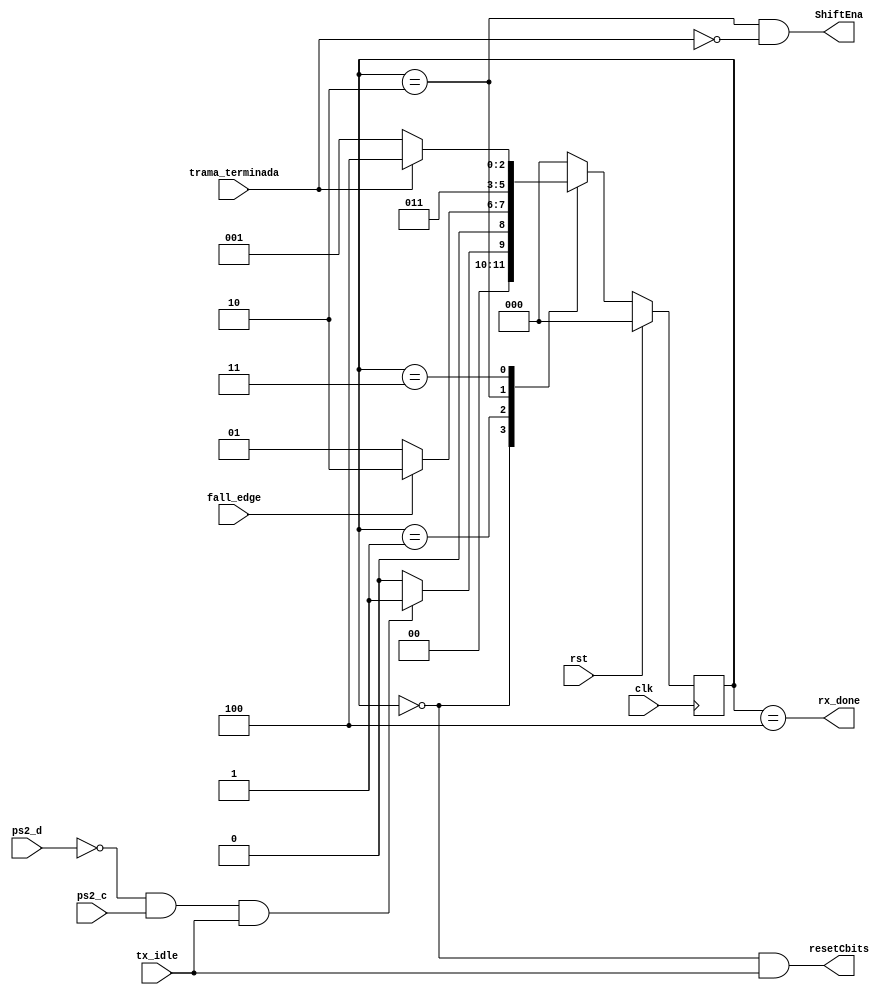
`timescale 1ns / 1ps
//////////////////////////////////////////////////////////////////////////////////

//////////////////////////////////////////////////////////////////////////////////
module NewFSM_rx_ps2(clk, rst, ps2_d, ps2_c,fall_edge,trama_terminada, tx_idle, rx_done, ShiftEna, resetCbits);

//Triestado
input ps2_d, ps2_c;

//Entradas
input clk, rst, fall_edge, trama_terminada, tx_idle;

//Salidas

output wire resetCbits,ShiftEna, rx_done;

//temporales
//reg [7:0]RegOut_Next;
wire dato_entrante;

reg [2:0] E_Presente;



   parameter S0 = 3'b000;
   parameter S1 = 3'b001;
   parameter S2 = 3'b010;
   parameter S3 = 3'b011;  
	parameter S4 = 3'b100;
   parameter S5 = 3'b101;
   parameter S6 = 3'b110;
   parameter S7 = 3'b111;


assign dato_entrante = !ps2_d&&ps2_c;
assign resetCbits = (E_Presente==S0)&&tx_idle;
assign ShiftEna = (E_Presente==S2)&&(!trama_terminada);
assign rx_done = (E_Presente==S4);

//Combinacional de Salida

   always@(posedge clk)
      if (rst) begin
         E_Presente <= S0;
      end
      else
				case (E_Presente)
//////////////////////////////////////////////////////////////////
            S0 : begin
               if (dato_entrante&&tx_idle)
                  E_Presente <= S1;
               else 
                  E_Presente <= S0;
					
            end
//////////////////////////////////////////////////////////////////
            S1 : begin
               if (fall_edge)
                  E_Presente <= S2;
               else
                  E_Presente <= S1;
            end
//////////////////////////////////////////////////////////////////
				S2 : begin
						E_Presente <= S3;	
            end
//////////////////////////////////////////////////////////////////
				
				S3 : begin
               if (trama_terminada)
                  E_Presente <= S4;
							
               else 
                  E_Presente <= S1;  
				end
//////////////////////////////////////////////////////////////////
				S4 : begin
					E_Presente <= S0;  
						
            end
//////////////////////////////////////////////////////////////////
            default: begin  // Fault Recovery
               E_Presente <= S0;
               end
         endcase
			
endmodule